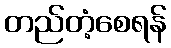
တည်တံ့စေရန်